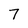
Character: 7